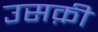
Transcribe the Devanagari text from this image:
उसक़ी